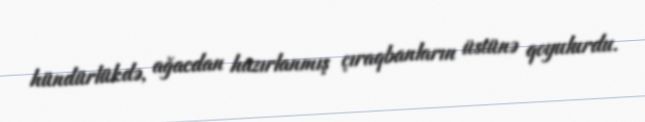
hündürlükdə, ağacdan hazırlanmış çıraqbanların üstünə qoyulurdu.